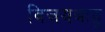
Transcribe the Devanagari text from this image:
विजयबाहु